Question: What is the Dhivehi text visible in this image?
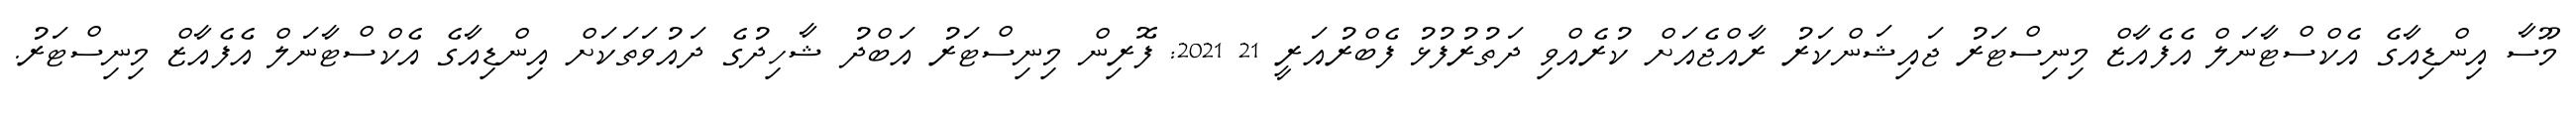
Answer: މޫސާ އިންޑިއާގެ އެކްސްޓާނަލް އެފެއާޒް މިނިސްޓަރު ޖައިޝަންކަރު ރާއްޖެއަށް ކުރެއްވި ދަތުރުފުޅު ފެބްރުއަރީ 21 2021: ފޮރިން މިނިސްޓަރު އަބްދު ޝާހިދުގެ ދައުވަތަކަށް އިންޑިއާގެ އެކްސްޓާނަލް އެފެއާޒް މިނިސްޓަރު.